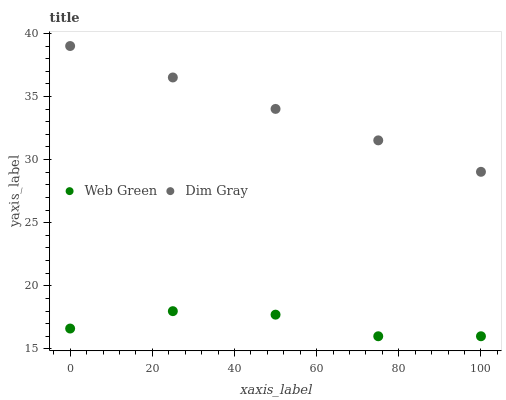
| xaxis_label | Web Green | Dim Gray |
 | --- | --- | --- |
 | 0 | 16.6 | 39 |
 | 25 | 18 | 36.5 |
 | 50 | 17.7 | 34 |
 | 75 | 16 | 31.5 |
 | 100 | 16 | 29 |